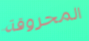
المحروقة